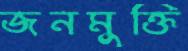
জনমুক্তি